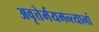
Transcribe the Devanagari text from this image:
अवृत्तेर्मयमन्त्यानां